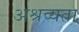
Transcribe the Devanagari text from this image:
अश्रव्यता